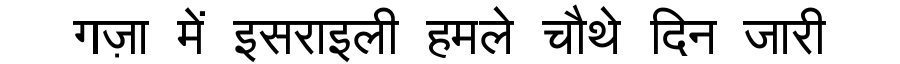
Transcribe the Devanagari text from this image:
गज़ा में इसराइली हमले चौथे दिन जारी